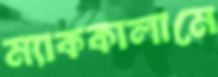
ম্যাককালামে